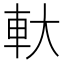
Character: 軑